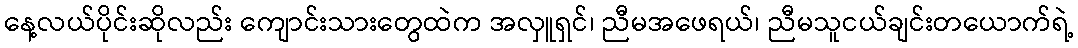
နေ့လယ်ပိုင်းဆိုလည်း ကျောင်းသားတွေထဲက အလှူရှင်၊ ညီမအဖေရယ်၊ ညီမသူငယ်ချင်းတယောက်ရဲ့